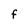
Character: F